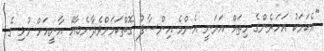
"އެކަމަކު އަހަރެންގެ ހިތައް އަރަނީ އެންމެ އިންސާފު ގޮތްކަމަށްވެދާނެބާއޭ އާނީއަށް މުޅި ގެ